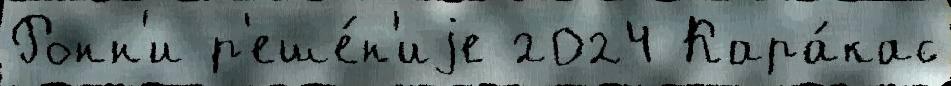
Ронн'и р'еше́н'иjе 2024 Кара́кас